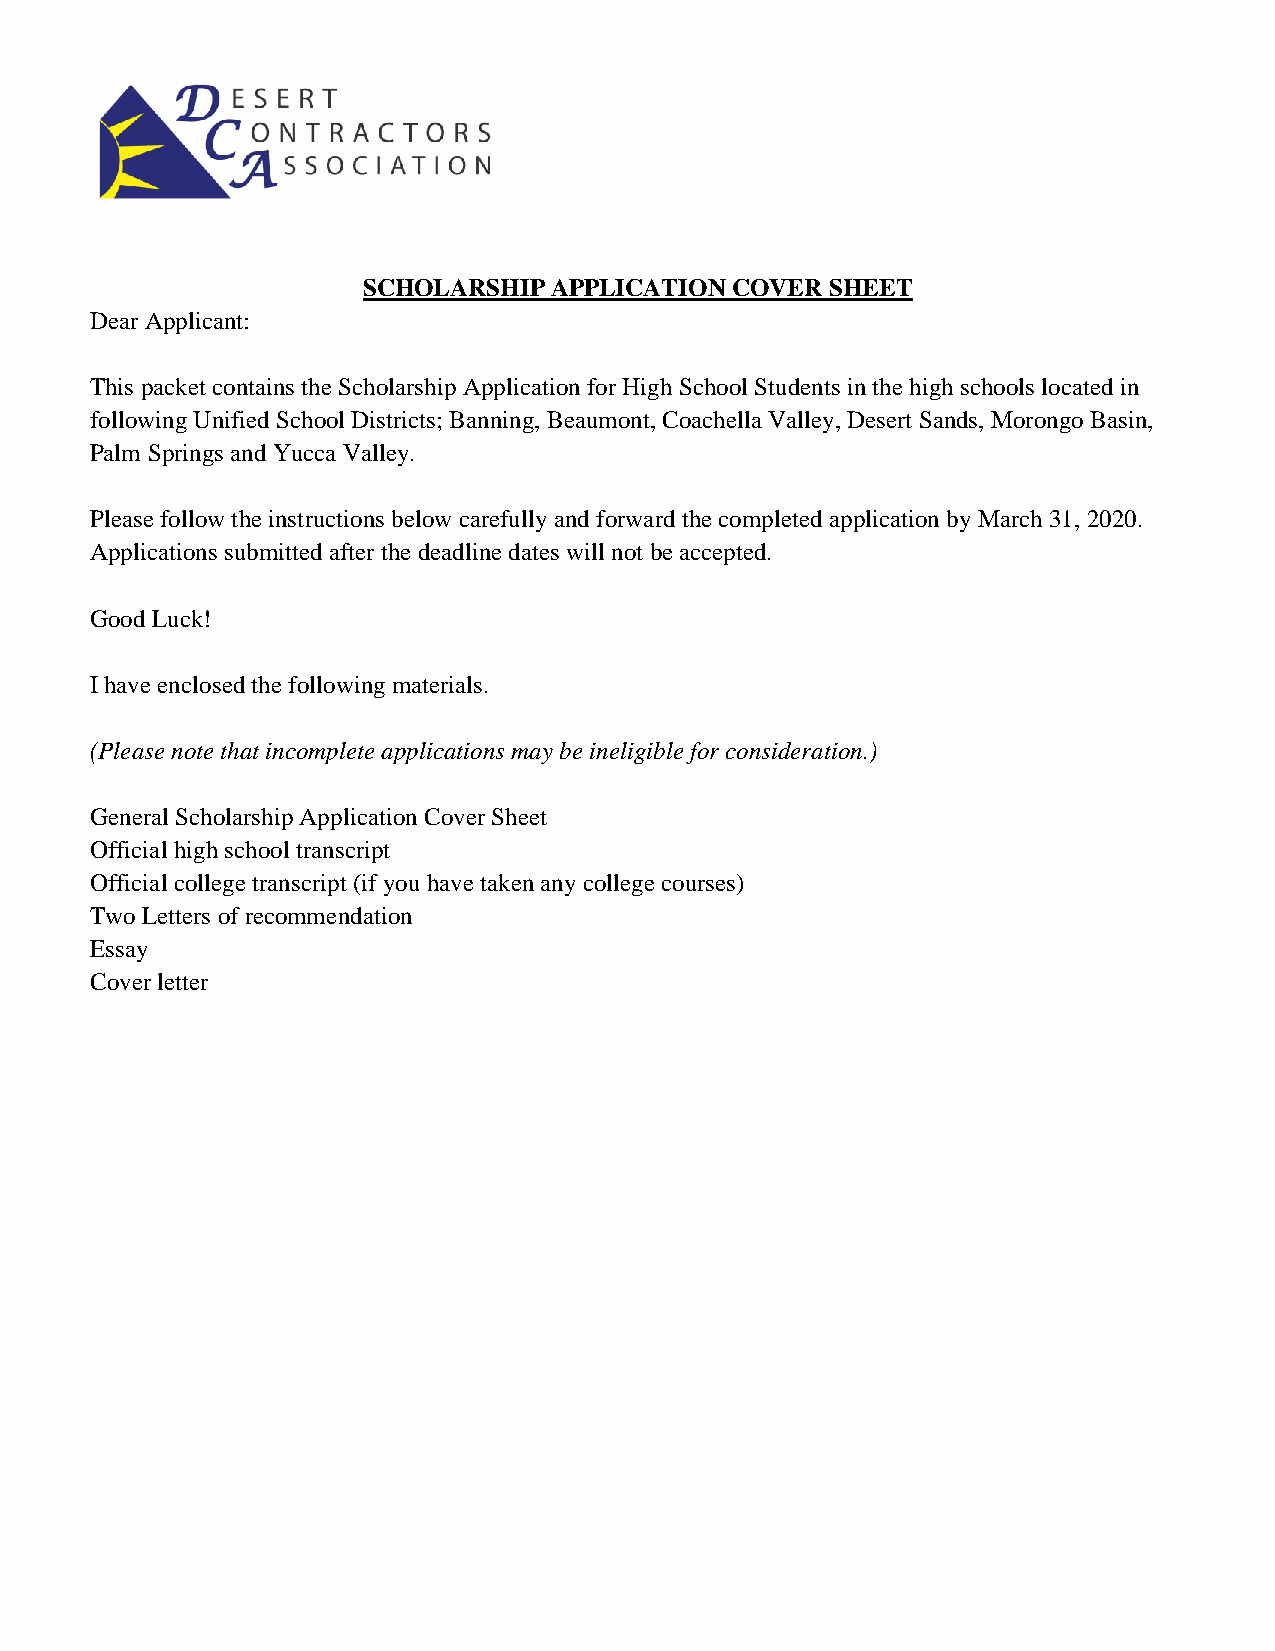
SCHOLARSHIP APPLICATION COVER  SHEET
 Dear Applicant:
 This packet contains the Scholarship Application for High School Students in the high schools located in
 following Unified School Districts; Banning, Beaumont, Coachella Valley, Desert Sands, Morongo Basin,
 Palm Springs and Yucca Valley.
 Please follow the instructions below carefully and forward the completed application by March 31, 2020.
 Applications submitted after the deadline dates will not be accepted.
 Good Luck!
 I have enclosed the following materials.
 (Please note that incomplete applications may be ineligible for consideration.)
 General Scholarship Application Cover Sheet
 Official high school transcript
 Official college transcript (if you have taken any college courses)
 Two Letters of recommendation
 Essay
 Cover letter